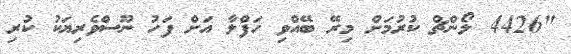
"4426 ލޯންޗް ކުރުމަށް މިރޭ ބޭއްވި ހަފްލާ އަށް ފަހު ނޫސްވެރިޔަކު ކުރި